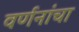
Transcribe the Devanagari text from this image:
वर्णनांचा